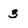
Character: 3